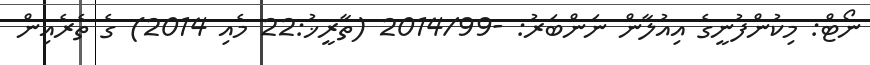
ނޯޓް: މިކުންފުނީގެ އިއުލާން ނަންބަރު: -2014/99 (ތާރީޚު:22 މެއި 2014) ގެ ތެރެއިން